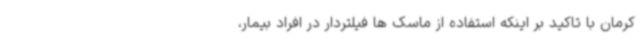
کرمان با تاکید بر اینکه استفاده از ماسک ها فیلتردار در افراد بیمار،